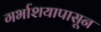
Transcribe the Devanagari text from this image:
गर्भाशयापासून